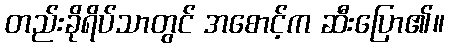
တည်းခိုရိပ်သာတွင် အစောင့်က ဆီးပြော၏။